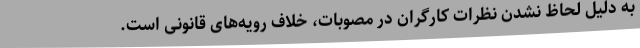
به دلیل لحاظ نشدن نظرات کارگران در مصوبات، خلاف رویه‌های قانونی است.